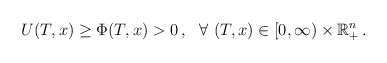
\begin{align*}U(T,x)\ge \Phi(T,x)>0\,, \ \ \forall\ (T,x)\in[0, \infty)\times \mathbb{R}_{+}^n\,.\end{align*}